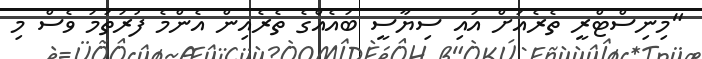
"މިނިސްޓްރީ ތެރެއަށް އައި ސިޔާސީ ބައެއްގެ ތެރެއިން އެންމެ ފުރަތަމަ ވެސް މި